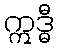
ဣဒ္ဓီ